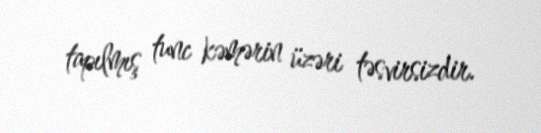
tapılmış tunc kəmərin üzəri təsvirsizdir.